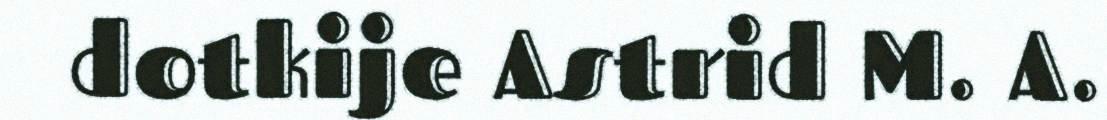
dotkije Astrid M. A.